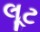
લૂટ